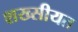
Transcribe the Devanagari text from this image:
शख्सीयत